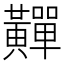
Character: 䵐